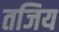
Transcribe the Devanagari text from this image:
तजिय